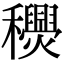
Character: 𥤎